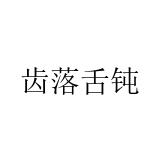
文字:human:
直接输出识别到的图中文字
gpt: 齿落舌钝